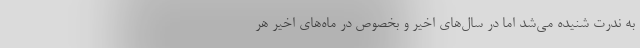
به ندرت شنیده می‌شد اما در سال‌های اخیر و بخصوص در ماه‌های اخیر هر